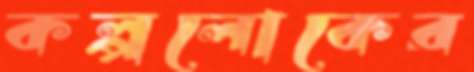
কল্পলোকের